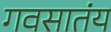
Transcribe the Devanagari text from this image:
गवसातंय